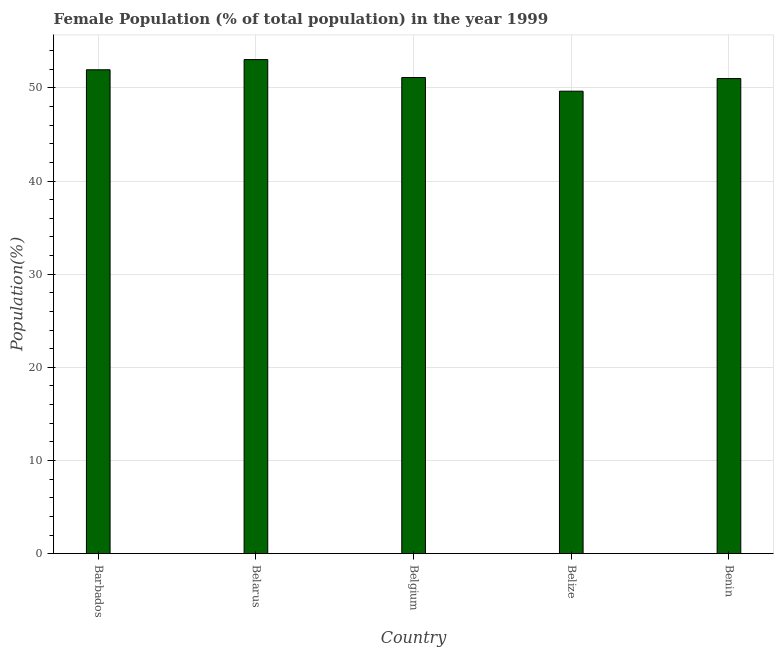
| Country | Female |
 | --- | --- |
 | Barbados | 51.9 |
 | Belarus | 53 |
 | Belgium | 51.1 |
 | Belize | 49.6 |
 | Benin | 51 |